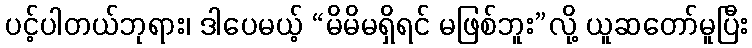
ပင့်ပါတယ်ဘုရား၊ ဒါပေမယ့် “မိမိမရှိရင် မဖြစ်ဘူး”လို့ ယူဆတော်မူပြီး